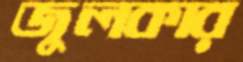
জুলকার